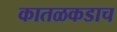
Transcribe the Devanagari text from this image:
कातळकडाच